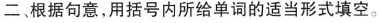
二、根据句意,用括号内所给单词的适当形式填空.。